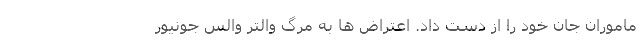
ماموران جان خود را از دست داد. اعتراض ها به مرگ والتر والس جونیور